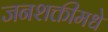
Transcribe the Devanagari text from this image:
जनशक्तीमधे